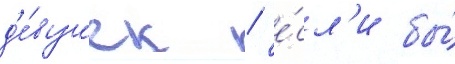
д'е́вушек / е́сл'и бы́